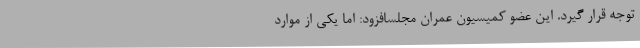
توجه قرار گیرد. این عضو کمیسیون عمران مجلسافزود: اما یکی از موارد